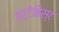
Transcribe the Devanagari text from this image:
हर्टेबिस्ट